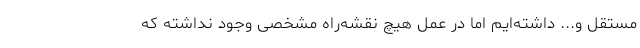
مستقل و... داشته‌ایم اما در عمل هیچ نقشه‌راه مشخصی وجود نداشته که